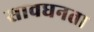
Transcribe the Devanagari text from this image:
सावधनता